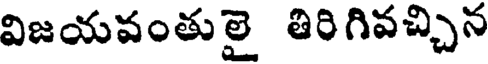
విజయవంతులై తిరిగివచ్చిన